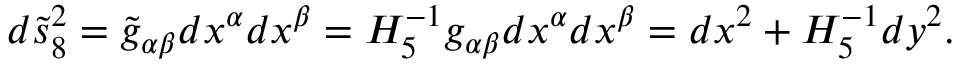
d \tilde { s } _ { 8 } ^ { 2 } = \tilde { g } _ { \alpha \beta } d x ^ { \alpha } d x ^ { \beta } = H _ { 5 } ^ { - 1 } g _ { \alpha \beta } d x ^ { \alpha } d x ^ { \beta } = d x ^ { 2 } + H _ { 5 } ^ { - 1 } d y ^ { 2 } .